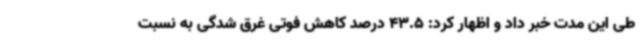
طی این مدت خبر داد و اظهار کرد: 43.5 درصد کاهش فوتی غرق شدگی به نسبت